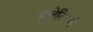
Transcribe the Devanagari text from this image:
बुलेटिनभी